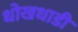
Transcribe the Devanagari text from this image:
धोखधाडी